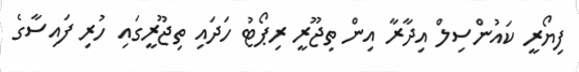
ފިޔޯރީ ކައުންސިލް އިދާރާ އިން ތިޖޫރީ ރިޕޯޓު ހަދައި ތިޖޫރީގައި ހުރި ފައިސާގެ